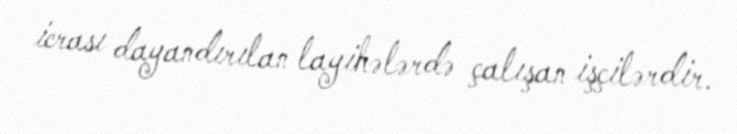
icrası dayandırılan layihələrdə çalışan işçilərdir.